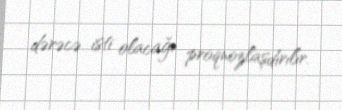
dərəcə isti olacağı proqnozlaşdırılır.